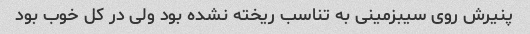
پنیرش روی سیبزمینی به تناسب ریخته نشده بود ولی در کل خوب بود